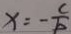
x = - \frac { c } { b }